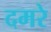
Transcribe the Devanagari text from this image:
दमरे